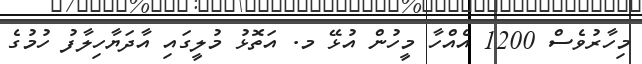
މިހާރުވެސް 1200 އެއްހާ މީހުން އުޅޭ މ. އަތޮޅު މުލީގައި އާދަޔާހިލާފު ހުމުގެ